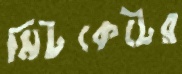
মিটকেটের